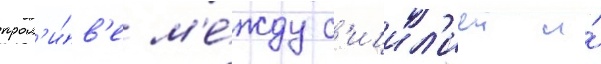
прол'и́в'е м'е́жду с'ицил'иеи и́